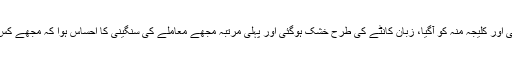
‘ یہ سن کر میرے پیروں تلے سے زمین سرک گئی اور کلیجہ منہ کو آگیا، زبان کانٹے کی طرح خشک ہوگئی اور پہلی مرتبہ مجھے معاملے کی سنگینی کا احساس ہوا کہ مجھے کس بھیانک جرم میں پھنسانے کی سازش ہورہی ہے۔